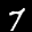
Label: 7